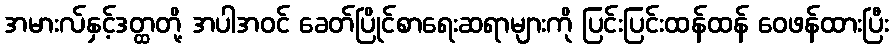
အမားလ်နှင့်ဒတ္ထတို့ အပါအဝင် ခေတ်ပြိုင်စာရေးဆရာများကို ပြင်းပြင်းထန်ထန် ဝေဖန်ထားပြီး